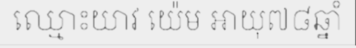
ឈ្មោះយាវ យ៉េម អាយុ៧៨ឆ្នាំ